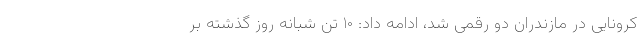
کرونایی در مازندران دو رقمی شد، ادامه داد: ۱۰ تن شبانه روز گذشته بر